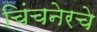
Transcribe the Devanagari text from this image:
चिंचनेरचे